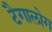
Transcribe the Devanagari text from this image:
टैगालोग